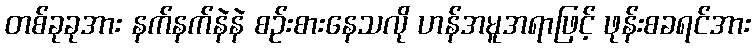
တစ်ခုခုအား နက်နက်နဲနဲ စဉ်းစားနေသလို ဟန်အမူအရာဖြင့် ဖုန်းစခရင်အား